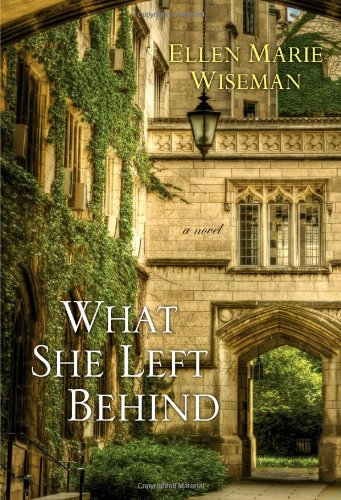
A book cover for What She Left Behind; Ellen Marie Wiseman; Mystery, Thriller & Suspense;